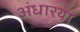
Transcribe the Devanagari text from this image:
अंधारया